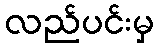
လည်ပင်းမှ